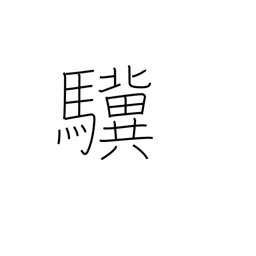
Meaning: talent